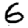
Digit: 6